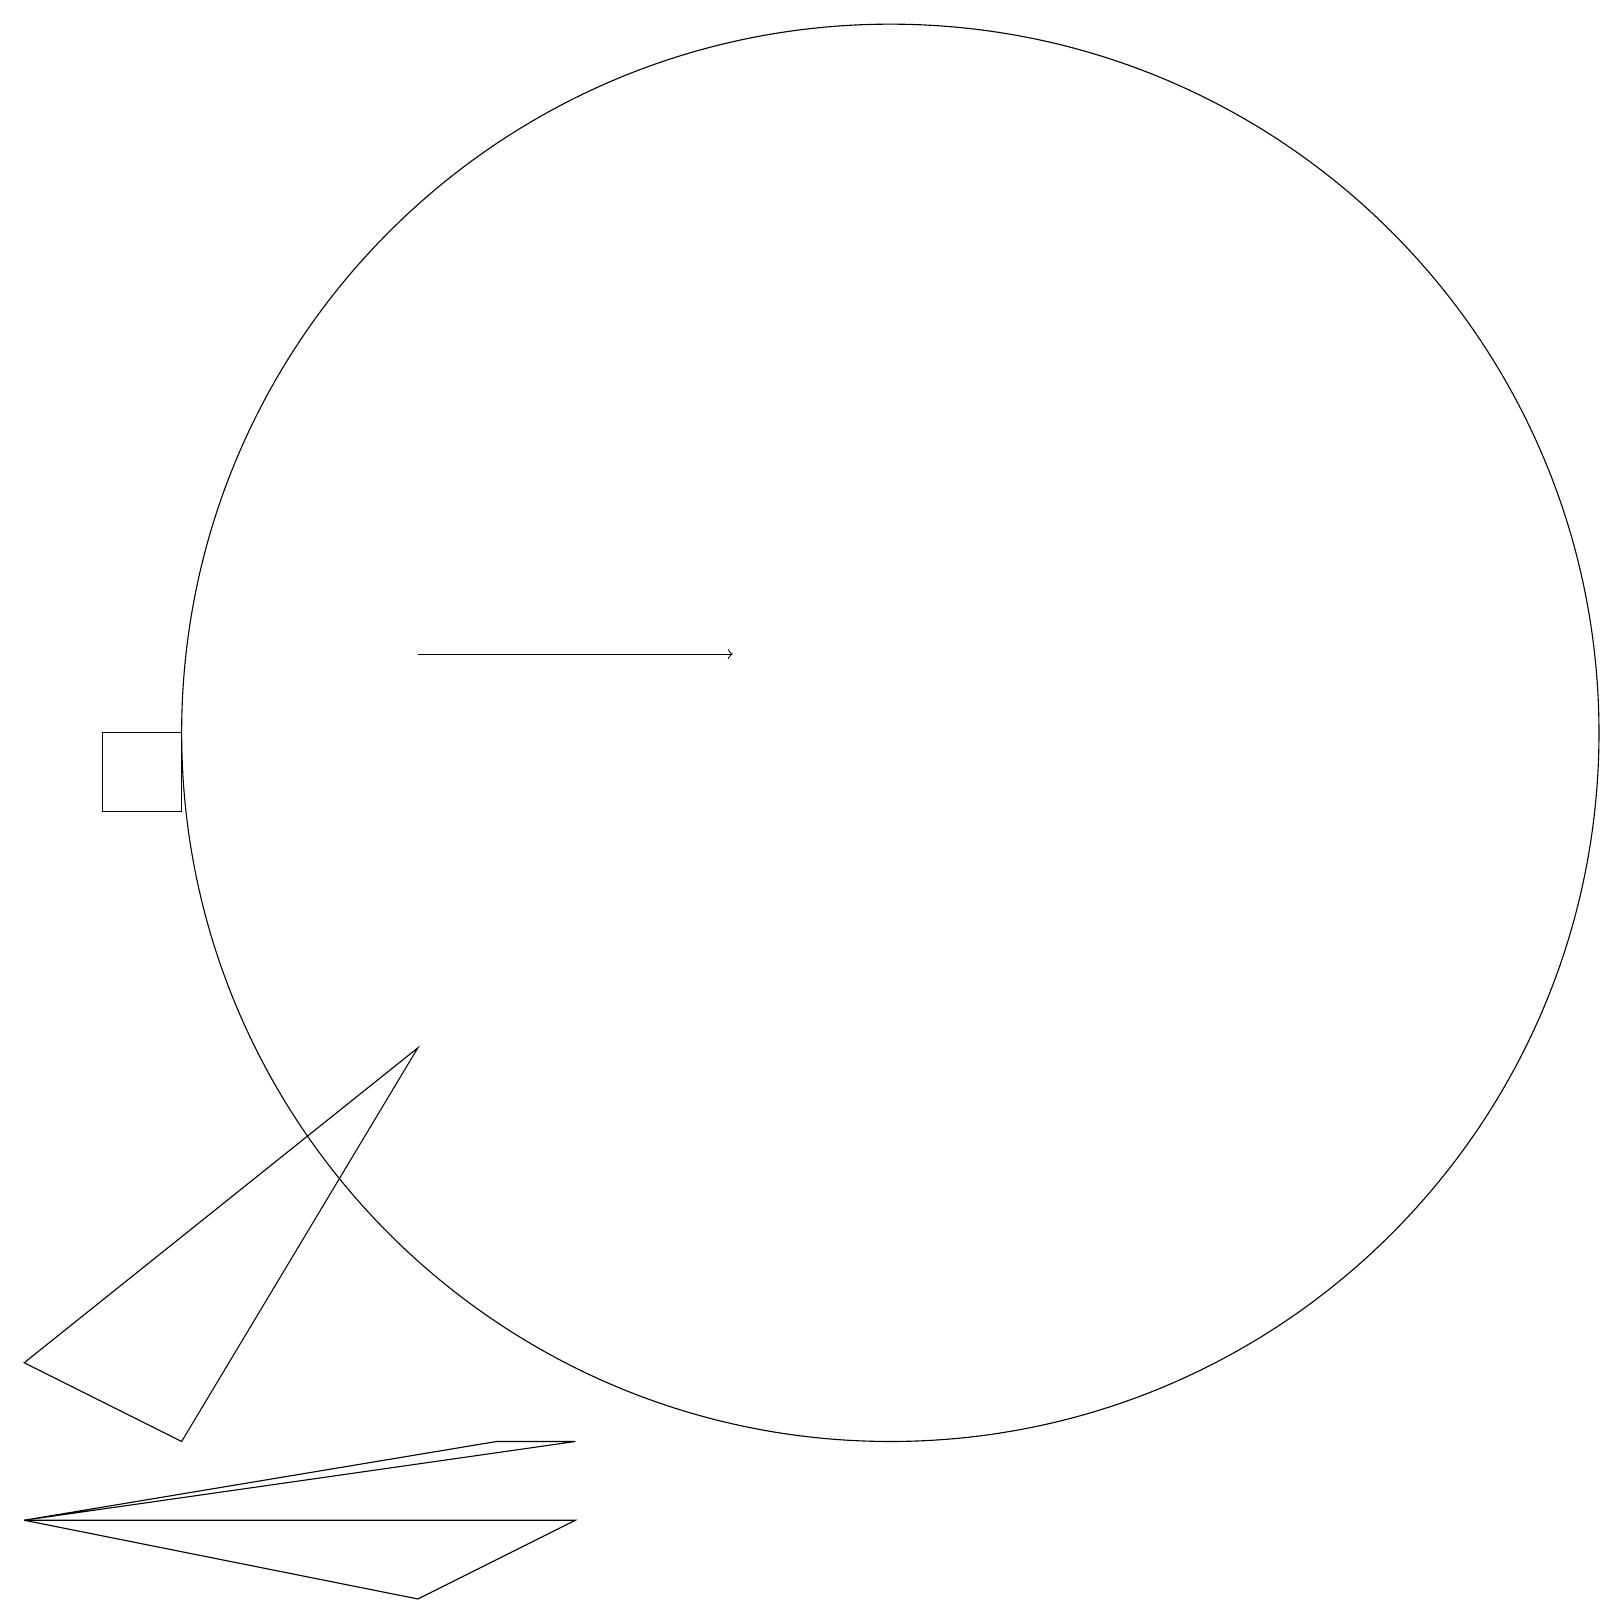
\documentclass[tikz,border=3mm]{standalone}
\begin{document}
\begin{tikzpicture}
\draw (6,3) -- (7,3) -- (0,2) -- cycle;
\draw (0,2) -- (7,2) -- (5,1) -- cycle;
\draw (11,12) circle (9);
\draw (2,12) rectangle (1,11);
\draw[->] (5,13) -- (9,13);
\draw (5,8) -- (2,3) -- (0,4) -- cycle;
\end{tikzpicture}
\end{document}